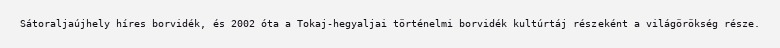
Sátoraljaújhely híres borvidék, és 2002 óta a Tokaj-hegyaljai történelmi borvidék kultúrtáj részeként a világörökség része.